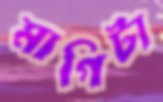
মাগিটা